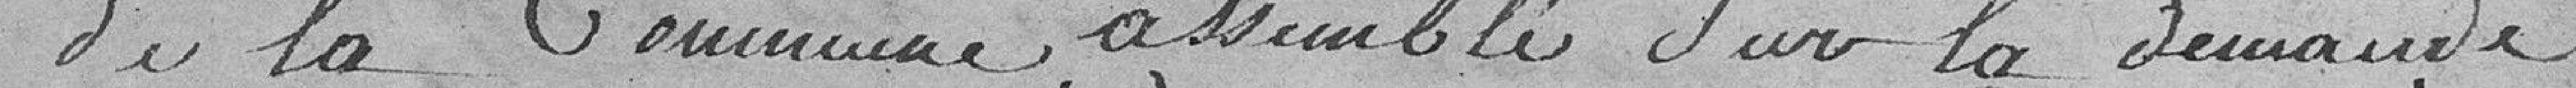
de la Commune assemblé sur la demande